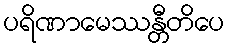
ပရိဏာမေဿန္တီတိပေ